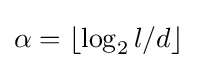
\alpha =\lfloor \log _{2}{l/d}\rfloor